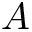
A